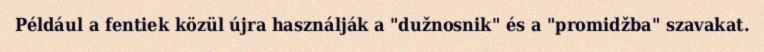
Például a fentiek közül újra használják a "dužnosnik" és a "promidžba" szavakat.